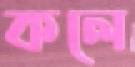
কলে